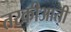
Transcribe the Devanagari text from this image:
तरकीआती